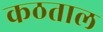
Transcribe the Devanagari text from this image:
कठताल